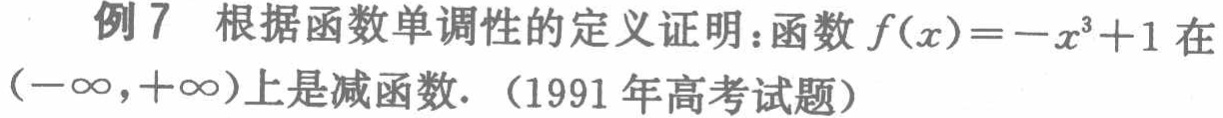
例 7 根据函数单调性的定义证明：函数\(f(x)=-x^{3}+1\)在\((-\infty,+\infty)\)上是减函数. （1991 年高考试题）